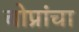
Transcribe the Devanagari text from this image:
चोप्रांचा